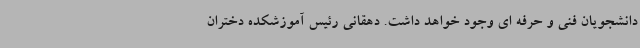
دانشجویان فنی و حرفه ای وجود خواهد داشت. دهقانی رئیس آموزشکده دختران